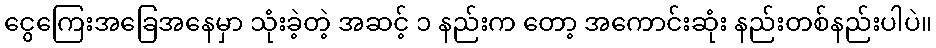
ငွေကြေးအခြေအနေမှာ သုံးခဲ့တဲ့ အဆင့် ၁ နည်းက တော့ အကောင်းဆုံး နည်းတစ်နည်းပါပဲ။